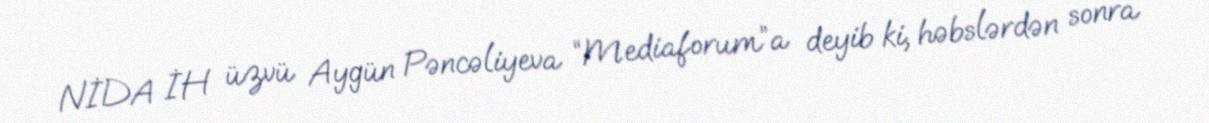
NİDA İH üzvü Aygün Pəncəliyeva “Mediaforum”a deyib ki, həbslərdən sonra